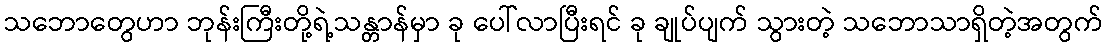
သဘောတွေဟာ ဘုန်းကြီးတို့ရဲ့သန္တာန်မှာ ခု ပေါ်လာပြီးရင် ခု ချုပ်ပျက် သွားတဲ့ သဘောသာရှိတဲ့အတွက်